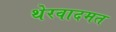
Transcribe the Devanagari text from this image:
थेरवादमत